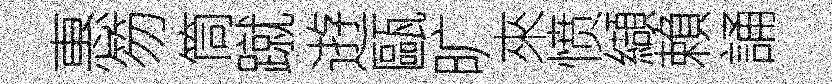
惠笏筒蹴逰甌旷來愤纈賴誦